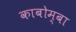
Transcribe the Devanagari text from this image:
काबोम्बा